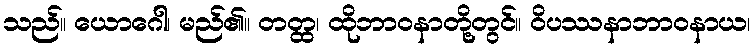
သည်။ ယောဂေါ၊ မည်၏။ တတ္ထ၊ ထိုဘာဝနာတို့တွင်။ ဝိပဿနာဘာဝနာယ၊